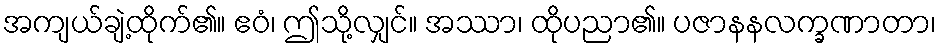
အကျယ်ချဲ့ထိုက်၏။ ဧဝံ၊ ဤသို့လျှင်။ အဿာ၊ ထိုပညာ၏။ ပဇာနနလက္ခဏာတာ၊